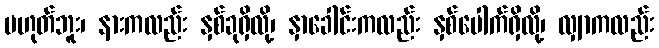
မဟုတ်ဘူး၊ နားကလည်း နှစ်ခုရှိလို့၊ နှာခေါင်းကလည်း နှစ်ပေါက်ရှိလို့၊ လျှာကလည်း